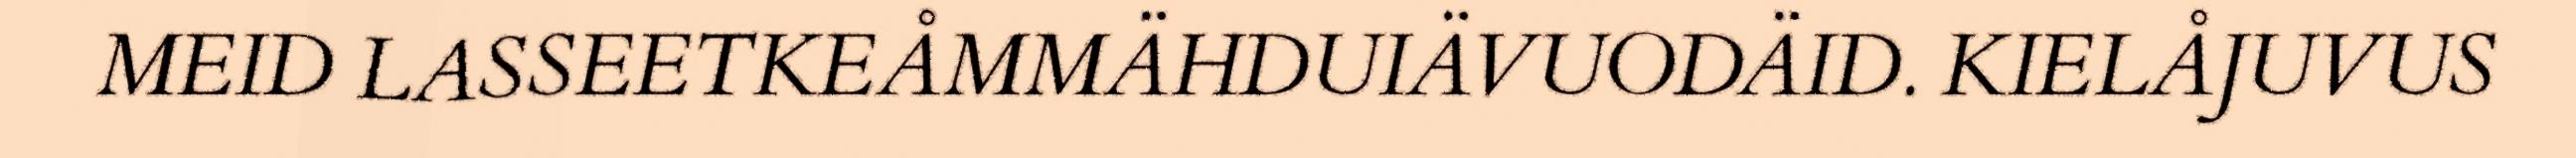
MEID LASSEETKEÅMMÄHDUIÄVUODÄID. KIELÅJUVUS